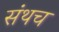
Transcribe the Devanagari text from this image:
संथच